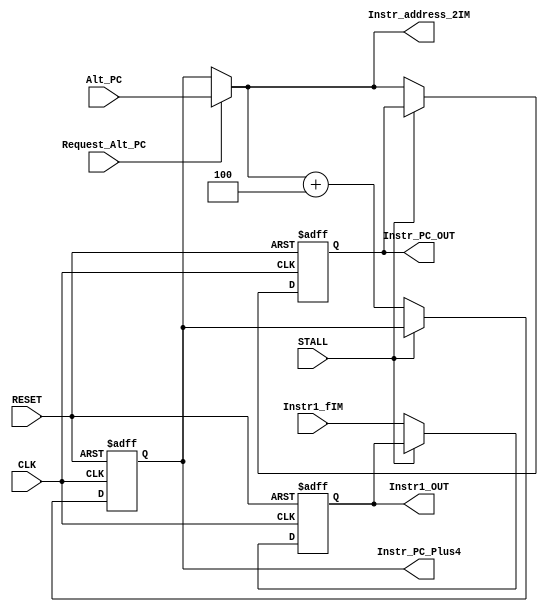
module  IF
(
	input CLK,
	input RESET,

	output reg [31:0] Instr1_OUT,//This should contain the fetched instruction
	output reg [31:0] Instr_PC_OUT,//This should contain the address of the fetched instruction [DEBUG purposes]
	output reg [31:0] Instr_PC_Plus4,//This should contain the address of the instruction after the fetched instruction (used by ID)

	input STALL,//Will be set to true if we need to just freeze the fetch stage.

	input Request_Alt_PC, //There was probably a branch -- please load the alternate PC instead of Instr_PC_Plus4.
	input [31:0] Alt_PC,//Alternate PC to load

	output [31:0] Instr_address_2IM,//Address from which we want to fetch an instruction
	input [31:0]   Instr1_fIM//Instruction received from instruction memory
);

wire [31:0] IncrementAmount;

//Since we're a multicycle datapath, we need to account for the MIPS branch delay slot
//in an unconventional way
//reg [31:0]	BranchAddress;
//reg [7:0] 	BranchRing;
//reg [4:0]   InstructionRing;

assign IncrementAmount = 32'd4; //NB: This might get modified for superscalar.
assign Instr_address_2IM = (Request_Alt_PC)?Alt_PC:Instr_PC_Plus4;

always @(posedge CLK or negedge RESET) begin
	if(!RESET) begin
		Instr1_OUT <= 0;
		Instr_PC_OUT <= 0;
		Instr_PC_Plus4 <= 32'hBFC00000;
		$display("FETCH [RESET] Fetching @%x", Instr_PC_Plus4);
	end else if(CLK) begin
		if(!STALL) begin
			Instr1_OUT <= Instr1_fIM;
			Instr_PC_OUT <= Instr_address_2IM;
			Instr_PC_Plus4 <= Instr_address_2IM + IncrementAmount;
			$display("FETCH:Instr@%x=%x;Next@%x",Instr_address_2IM,Instr1_fIM,Instr_address_2IM + IncrementAmount);
			$display("FETCH:ReqAlt[%d]=%x",Request_Alt_PC,Alt_PC);
	
		end else begin
			$display("FETCH: Stalling; next request will be %x",Instr_address_2IM);
		end
	end
end

endmodule